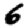
Digit: 6